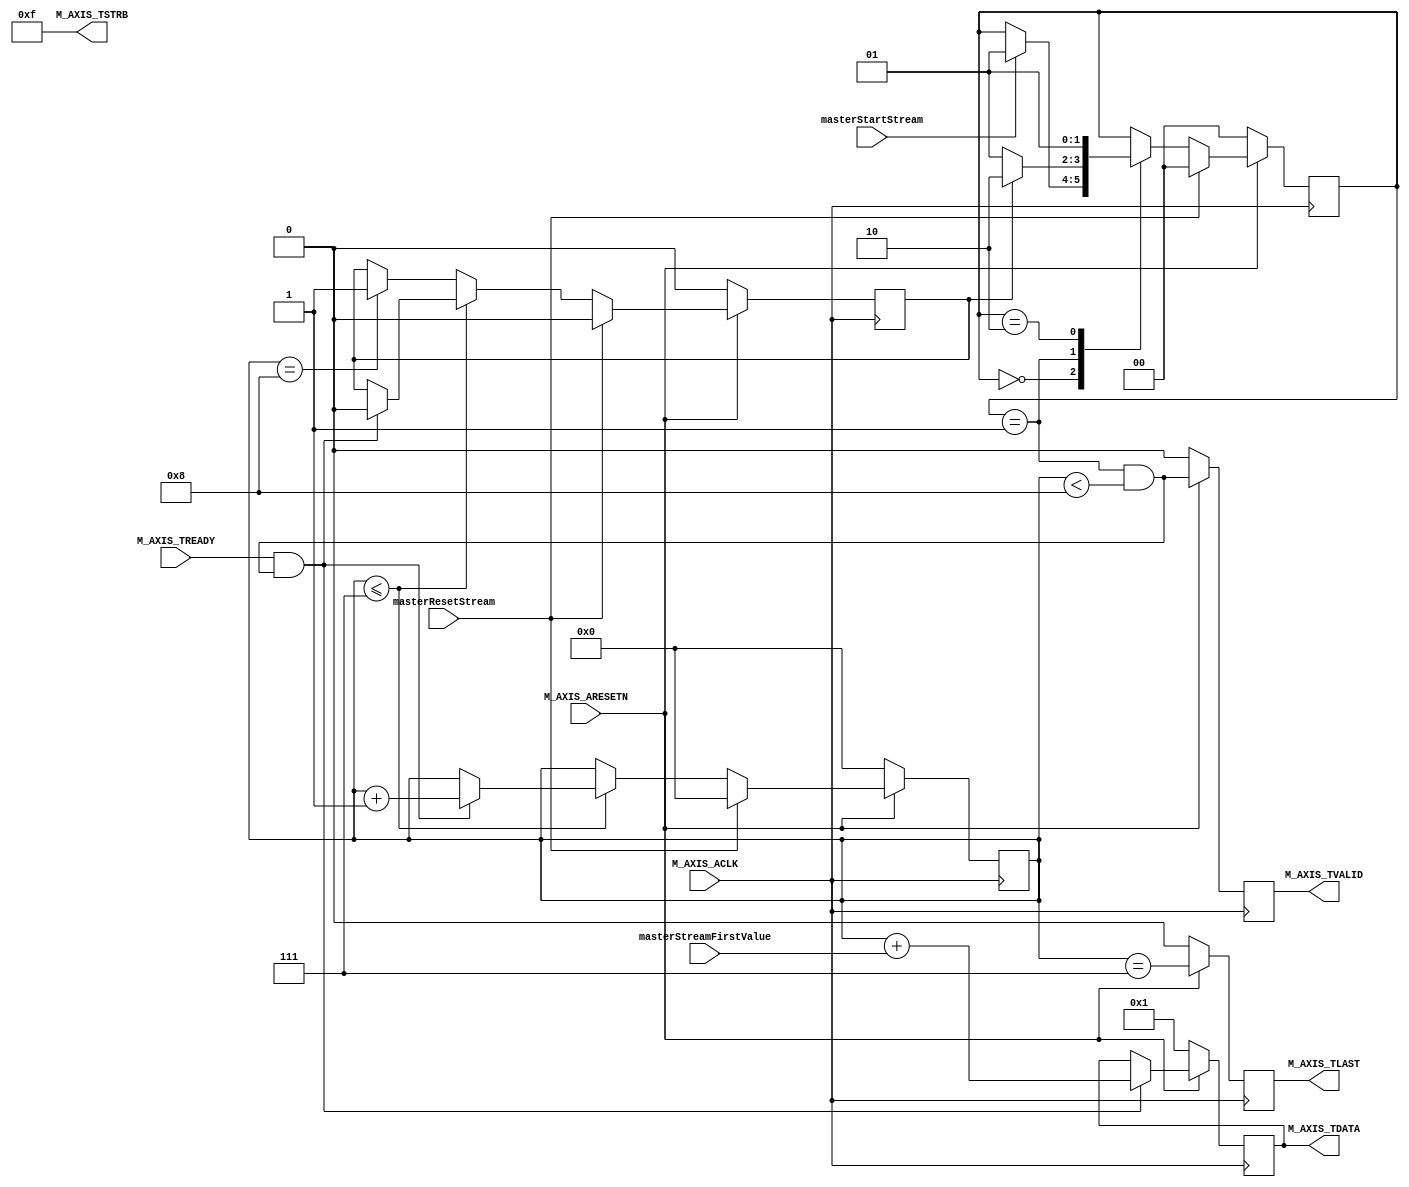

`timescale 1 ns / 1 ps

	module AXIMasterSlaveStreamIP_v1_0_M00_AXIS #
	(
		// Users to add parameters here

		// User parameters ends
		// Do not modify the parameters beyond this line

		// Width of S_AXIS address bus. The slave accepts the read and write addresses of width C_M_AXIS_TDATA_WIDTH.
		parameter integer C_M_AXIS_TDATA_WIDTH	= 32,
		// Start count is the number of clock cycles the master will wait before initiating/issuing any transaction.
		parameter integer C_M_START_COUNT	= 32
	)
	(
		// Users to add ports here
                // MASTER UPDATE 1: 
		input masterStartStream,
		input masterResetStream, 
		input [31:0] masterStreamFirstValue, 

		// User ports ends
		// Do not modify the ports beyond this line

		// Global ports
		input wire  M_AXIS_ACLK,
		// 
		input wire  M_AXIS_ARESETN,
		// Master Stream Ports. TVALID indicates that the master is driving a valid transfer, A transfer takes place when both TVALID and TREADY are asserted. 
		output wire  M_AXIS_TVALID,
		// TDATA is the primary payload that is used to provide the data that is passing across the interface from the master.
		output wire [C_M_AXIS_TDATA_WIDTH-1 : 0] M_AXIS_TDATA,
		// TSTRB is the byte qualifier that indicates whether the content of the associated byte of TDATA is processed as a data byte or a position byte.
		output wire [(C_M_AXIS_TDATA_WIDTH/8)-1 : 0] M_AXIS_TSTRB,
		// TLAST indicates the boundary of a packet.
		output wire  M_AXIS_TLAST,
		// TREADY indicates that the slave can accept a transfer in the current cycle.
		input wire  M_AXIS_TREADY
	);
	// Total number of output data                                                 
	localparam NUMBER_OF_OUTPUT_WORDS = 8;                                               
	                                                                                     
	// function called clogb2 that returns an integer which has the                      
	// value of the ceiling of the log base 2.                                           
	function integer clogb2 (input integer bit_depth);                                   
	  begin                                                                              
	    for(clogb2=0; bit_depth>0; clogb2=clogb2+1)                                      
	      bit_depth = bit_depth >> 1;                                                    
	  end                                                                                
	endfunction                                                                          
	                                                                                     
	// WAIT_COUNT_BITS is the width of the wait counter.                                 
	localparam integer WAIT_COUNT_BITS = clogb2(C_M_START_COUNT-1);                      
	                                                                                     
	// bit_num gives the minimum number of bits needed to address 'depth' size of FIFO.  
	localparam bit_num  = clogb2(NUMBER_OF_OUTPUT_WORDS);                                
	                                                                                     
	// Define the states of state machine                                                
	// The control state machine oversees the writing of input streaming data to the FIFO,
	// and outputs the streaming data from the FIFO                                      
	parameter [1:0] IDLE = 2'b00,        // This is the initial/idle state               	     
	                SEND_STREAM   = 2'b01,
	                STREAM_DONE   = 2'b10; // In this state the                          
	                                     // stream data is output through M_AXIS_TDATA   
	// State variable                                                                    
	reg [1:0] mst_exec_state;                                                            
	// Example design FIFO read pointer                                                  
	reg [bit_num-1:0] read_pointer;                                                      

	// AXI Stream internal signals
	//wait counter. The master waits for the user defined number of clock cycles before initiating a transfer.
	reg [WAIT_COUNT_BITS-1 : 0] 	count;
	//streaming data valid
	wire  	axis_tvalid;
	//streaming data valid delayed by one clock cycle
	reg  	axis_tvalid_delay;
	//Last of the streaming data 
	wire  	axis_tlast;
	//Last of the streaming data delayed by one clock cycle
	reg  	axis_tlast_delay;
	//FIFO implementation signals
	reg [C_M_AXIS_TDATA_WIDTH-1 : 0] 	stream_data_out;
	wire  	tx_en;
	//The master has issued all the streaming data stored in FIFO
	reg  	tx_done;


	// I/O Connections assignments

	assign M_AXIS_TVALID	= axis_tvalid_delay;
	assign M_AXIS_TDATA	= stream_data_out;
	assign M_AXIS_TLAST	= axis_tlast_delay;
	assign M_AXIS_TSTRB	= {(C_M_AXIS_TDATA_WIDTH/8){1'b1}};


	// Control state machine implementation                             
	always @(posedge M_AXIS_ACLK)                                             
	begin                                                                     
	  if (!M_AXIS_ARESETN)                                                    
	  // Synchronous reset (active low)                                       
	    begin                                                                 
	      mst_exec_state <= IDLE;                                             
	      count    <= 0;                                                      
	    end                                                                   
	  else                   
	    if (masterResetStream)
	    begin
	      mst_exec_state <= IDLE; 
	    end
	    else 
	    begin                                                      
  	      case (mst_exec_state)                                                 
	        IDLE:                                                               
	        // The slave starts accepting tdata when                          
	        // there tvalid is asserted to mark the                           
	        // presence of valid streaming data                               
	        //if ( count == 0 )                                                 
	        //  begin                                                           

                // MASTER UPDATE 2: 

	        if (masterStartStream) 
	            mst_exec_state  <= SEND_STREAM;                              
	        //  end                                                             
	        //else                                                              
	        //  begin                                                           
	        //    mst_exec_state  <= IDLE;                                      
	        //  end                                                             
	                                                                          
	      SEND_STREAM:                                                        

	        // The example design streaming master functionality starts       
	        // when the master drives output tdata from the FIFO and the slave
	        // has finished storing the S_AXIS_TDATA                          
	          if (tx_done)                                                      
	            begin                                                           
	              mst_exec_state <= STREAM_DONE;                                       
	            end                                                             
	          else                                                              
	            begin                                                           
	              mst_exec_state <= SEND_STREAM;                                
	            end                              
	      STREAM_DONE:
                // MASTER UPDATE 3: 
	        if (masterResetStream) 
	            mst_exec_state <= IDLE;
	        else
	            mst_exec_state <= SEND_STREAM;                                
                              
                      
	      endcase  
	    end                                                              
	end                                                                       


	//tvalid generation
	//axis_tvalid is asserted when the control state machine's state is SEND_STREAM and
	//number of output streaming data is less than the NUMBER_OF_OUTPUT_WORDS.
	assign axis_tvalid = ((mst_exec_state == SEND_STREAM) && (read_pointer < NUMBER_OF_OUTPUT_WORDS));
	                                                                                               
	// AXI tlast generation                                                                        
	// axis_tlast is asserted number of output streaming data is NUMBER_OF_OUTPUT_WORDS-1          
	// (0 to NUMBER_OF_OUTPUT_WORDS-1)                                                             
	assign axis_tlast = (read_pointer == NUMBER_OF_OUTPUT_WORDS-1);                                
	                                                                                               
	                                                                                               
	// Delay the axis_tvalid and axis_tlast signal by one clock cycle                              
	// to match the latency of M_AXIS_TDATA                                                        
	always @(posedge M_AXIS_ACLK)                                                                  
	begin                                                                                          
	  if (!M_AXIS_ARESETN)                                                                         
	    begin                                                                                      
	      axis_tvalid_delay <= 1'b0;                                                               
	      axis_tlast_delay <= 1'b0;                                                                
	    end                                                                                        
	  else                                                                                         
	    begin                                                                                      
	      axis_tvalid_delay <= axis_tvalid;                                                        
	      axis_tlast_delay <= axis_tlast;                                                          
	    end                                                                                        
	end                                                                                            


	//read_pointer pointer

	always@(posedge M_AXIS_ACLK)                                               
	begin                                                                            
	  if(!M_AXIS_ARESETN)                                                            
	    begin                                                                        
	      read_pointer <= 0;                                                         
	      tx_done <= 1'b0;                                                           
	    end                                                                          
	    
	  else         
	    if (masterResetStream) begin 
	       tx_done = 0; 
	       read_pointer <= 0; 
	    end                   
	    else
	    begin                                                
	      if (read_pointer <= NUMBER_OF_OUTPUT_WORDS-1)                                
	      begin                                                                      
	        if (tx_en)                                                               
	          // read pointer is incremented after every read from the FIFO          
	          // when FIFO read signal is enabled.                                   
	          begin                                                                  
	            read_pointer <= read_pointer + 1;                                    
	            tx_done <= 1'b0;                                                     
	          end                                                                    
	      end                                                                        
       	  else if (read_pointer == NUMBER_OF_OUTPUT_WORDS)                             
	      begin                                                                      
	        // tx_done is asserted when NUMBER_OF_OUTPUT_WORDS numbers of streaming data
	        // has been out.                                                         
	        tx_done <= 1'b1;                                                         
	      end 
	    end                                                                       
	end                                                                              


	//FIFO read enable generation 

	assign tx_en = M_AXIS_TREADY && axis_tvalid;   
	                                                     
	    // Streaming output data is read from FIFO       
	    always @( posedge M_AXIS_ACLK )                  
	    begin                                            
	      if(!M_AXIS_ARESETN)                            
	        begin                                        
	          stream_data_out <= 1;                      
	        end                                          
	      else if (tx_en)// && M_AXIS_TSTRB[byte_index]  
	        begin                                        
                  // MASTER UPDATE 4: 
	          stream_data_out <= read_pointer + masterStreamFirstValue;   
	        end                                          
	    end                                              

	// Add user logic here

	// User logic ends

	endmodule